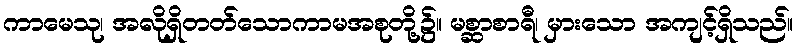
ကာမေသု၊ အလိုရှိတတ်သောကာမအစုတို့၌။ မစ္ဆာစာရီ၊ မှားသော အကျင့်ရှိသည်။